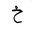
Letter: _kha